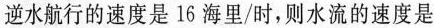
逆水航行的速度是16海里/时，则水流的速度是